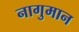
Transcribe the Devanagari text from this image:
नागुमान